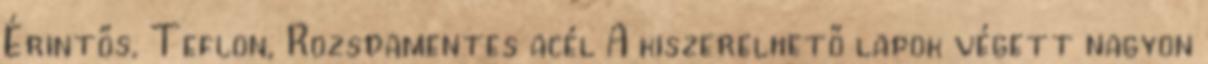
Érintős, Teflon, Rozsdamentes acél A kiszerelhető lapok végett nagyon